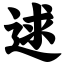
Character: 逑